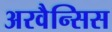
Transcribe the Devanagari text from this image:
अरवैन्सिस